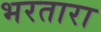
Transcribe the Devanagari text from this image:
भरतारा